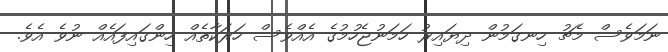
ނަމަވެސް މެޗު ހިނގަމުން ދިޔައިރު ހަމަނުޖެހުމުގެ އެއްވެސް ހަރަކާތެއް ހިންގައިފައެއް ނުވެ އެވެ.